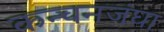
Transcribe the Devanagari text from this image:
कन्चनजंघा